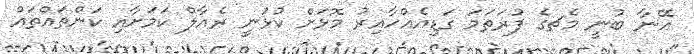
އޭނާ ބުނީ މެޗގެ ފުރަތަމަ ގަޑިއެއްހާއިރު މޮޅަށް ކުޅުނީ ރެއާލް ކަމަށާއި ކަންތައްތައް